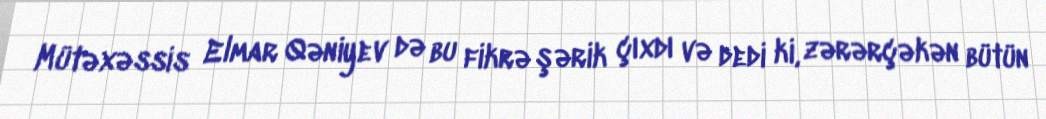
Mütəxəssis Elmar Qəniyev də bu fikrə şərik çıxdı və dedi ki, zərərçəkən bütün